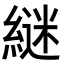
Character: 𮈵